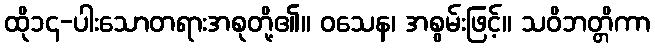
ထို၁၄-ပါးသောတရားအစုတို့၏။ ဝသေန၊ အစွမ်းဖြင့်။ သဝိဘတ္တိကာ